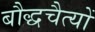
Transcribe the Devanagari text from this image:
बौद्धचैत्यों